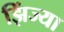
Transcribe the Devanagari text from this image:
झिंज्या